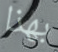
بهذا